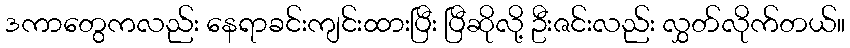
ဒကာတွေကလည်း နေရာခင်းကျင်းထားပြီး ပြီဆိုလို့ ဦးဇင်းလည်း လွှတ်လိုက်တယ်။